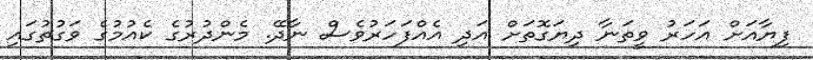
ފިޔާއަށް އަހަރު ވީތަނާ ދިޔަގޮތަށް އަދި އެއްފަހަރުވެސް ނާދޭ. މެންދުރުގެ ކެއުމުގެ ވަގުތުގައި